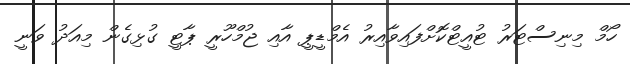
ހޯމް މިނިސްޓަރު ޓުއީޓްކޮށްފައިވާއިރު އެމްޑީޕީ އާއި ޖުމްހޫރީ ޕާޓީ ގުޅިގެން މިއަދު ވަނީ